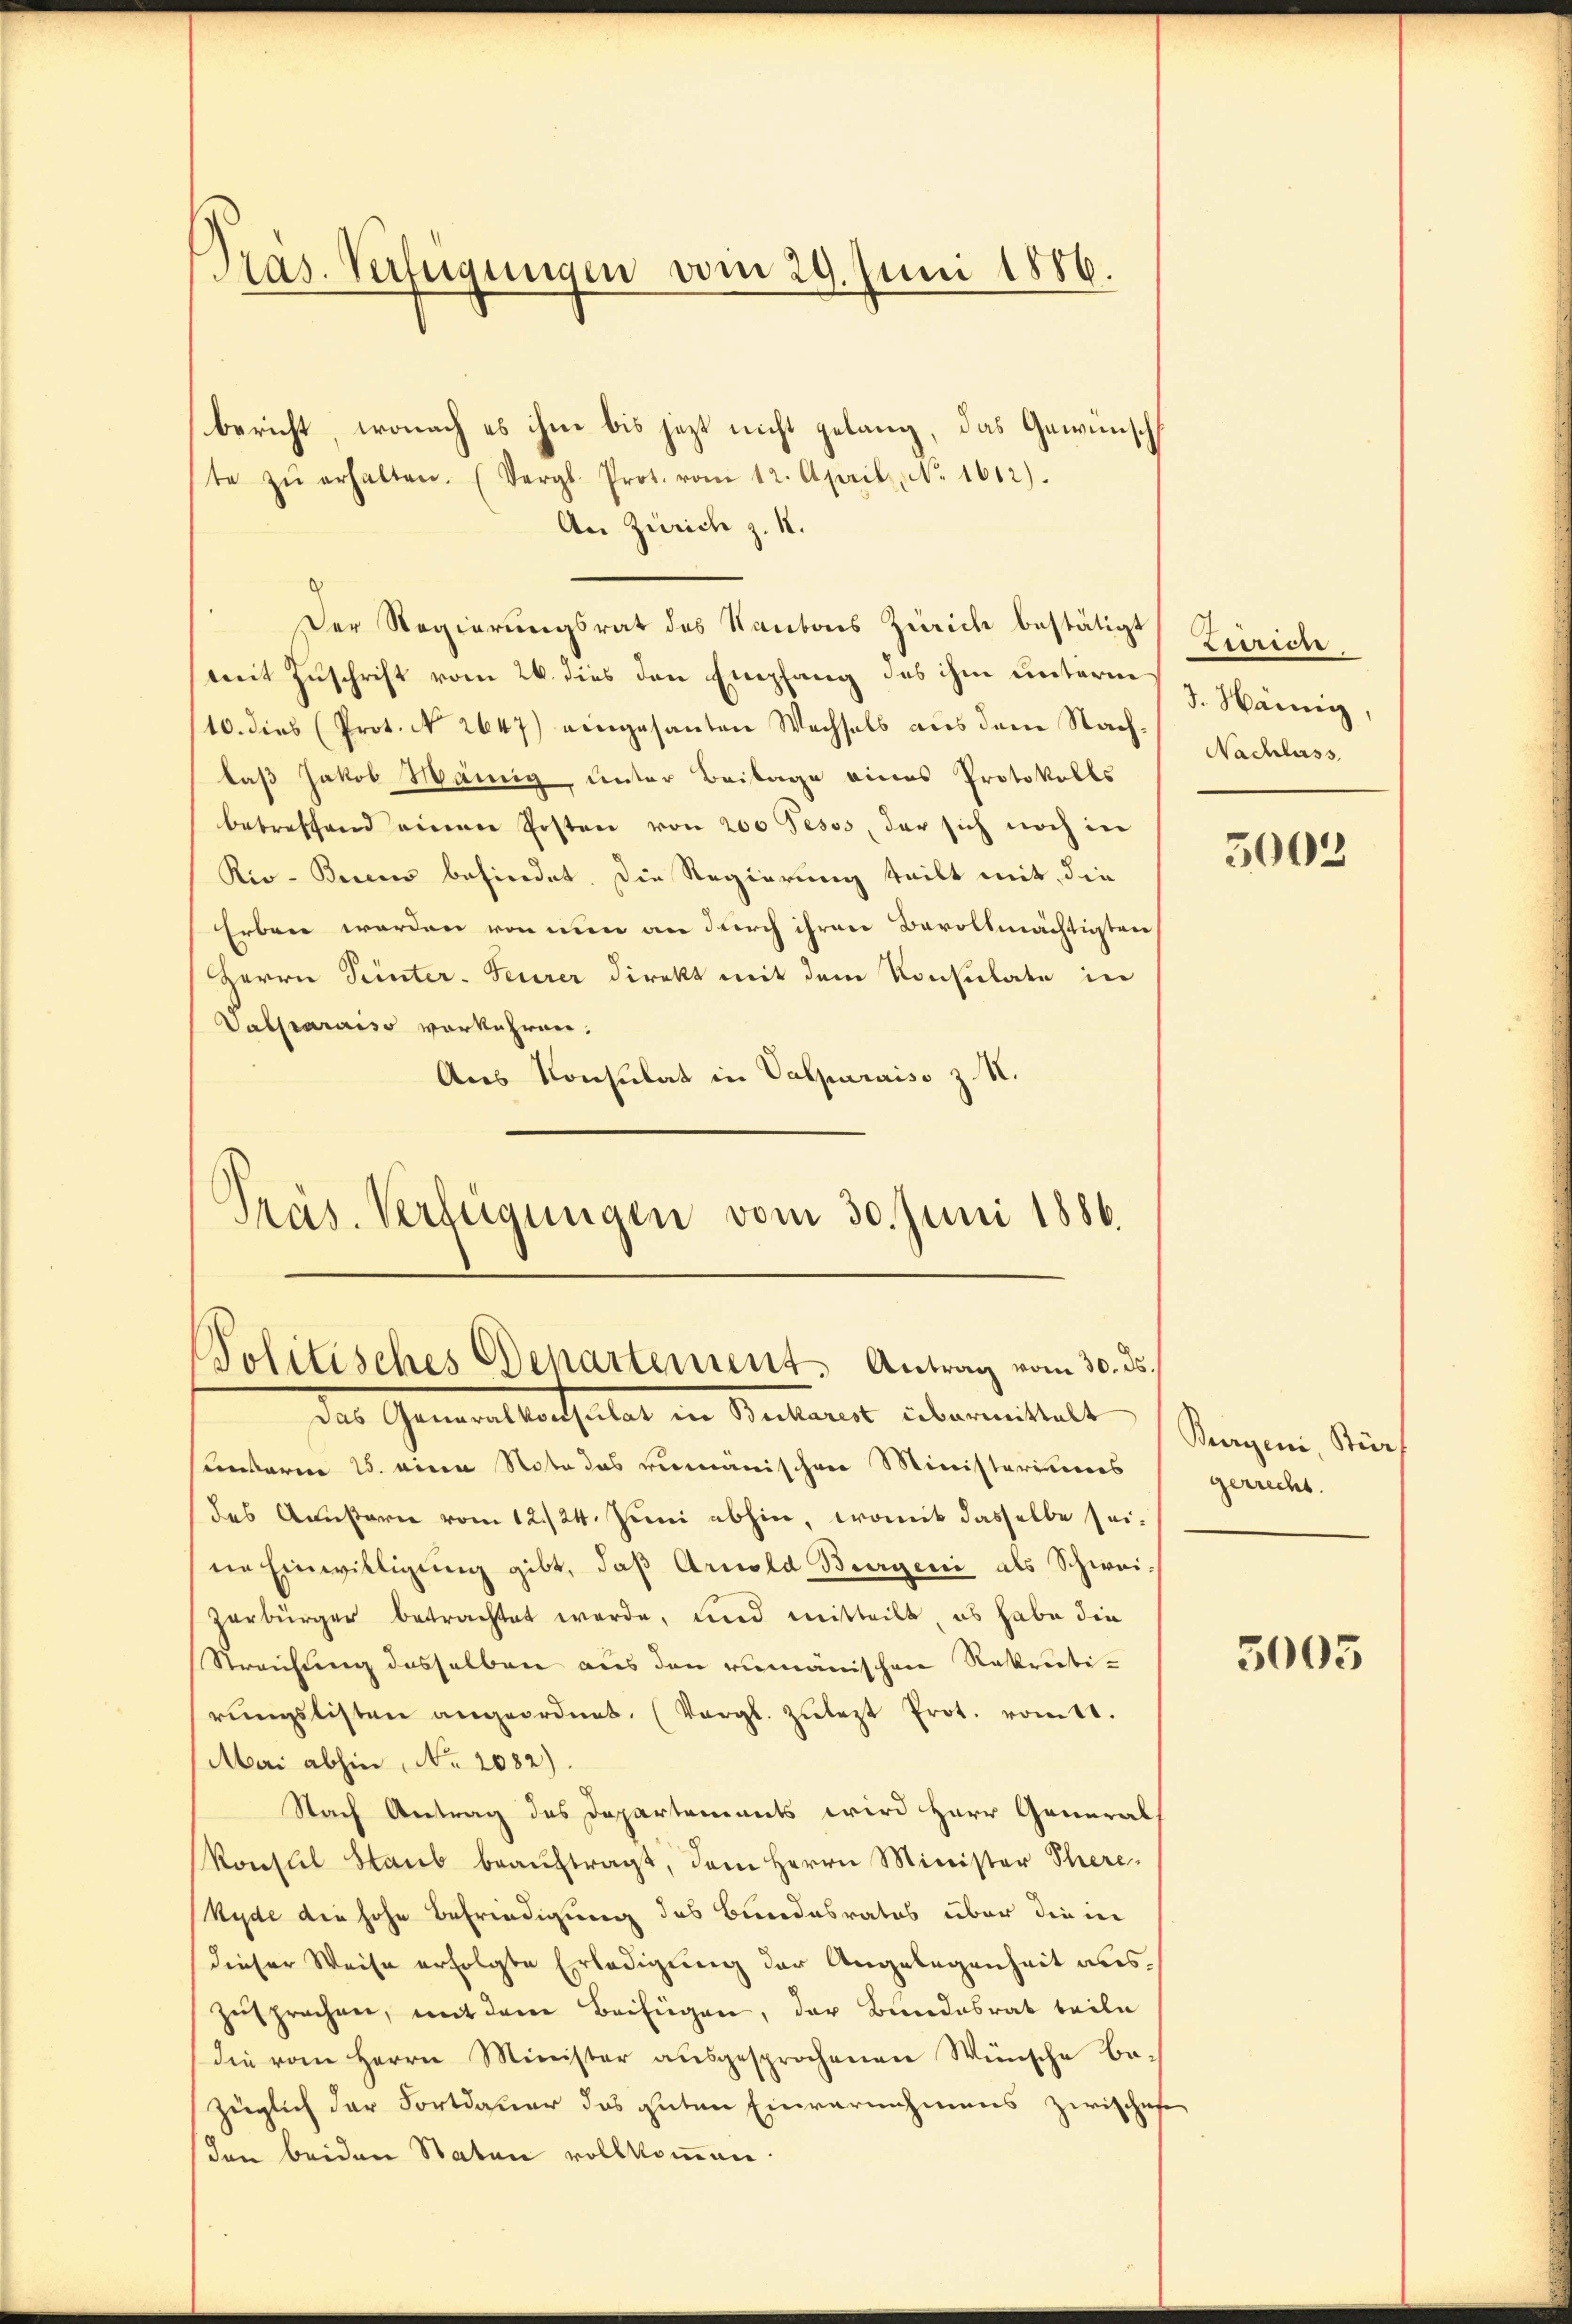
Pras. Verfügungen vom 29. Juni 1886.

bericht, wonach es ihm bis jezt nicht gelang, das Gewünsch
te zŭ erhalten. (Vergl. Prot. vom 12. April, No. 1612).
An Zürich z. 12.
Der Regierungsrat des Kantons Zürich bestätigt Zürich
mit Zuschrift vom 26. dies den Empfang des ihm unterm
110. dies (Prot. No 2647) eingesanten Wechsels aus dem Nachdaß Jakob Wämig, unter Beilage eines Protokolls
betreffend einen Posten von 200 Pesss, der sich noch in
Rio-Beren befindet. Die Regierung teilt mit, die
Erben werden von nun an durch ihren Bevollmächtigten
Herrn Peinter. Feuerer Direkt mit dem Konsulate in
Vabpraraiss vorkehren.
Aus Konsulat in Valparaiso z. M.
Präs. Verfügungen vom 30. Juni 1886.

Politisches Departement. Antrag vom 30. ds.

des Gemeinterhaltet in Antant übermittelt.
unterm 15. einen Nota das rumänischen Ministeriums
des Anstarie vom 12./24. Juni abhin, womit dasselbe seine Einwilligung gibt, daß Arnold Burgeri als Schweizerbürger betrachtet werde, und mitteilt, es habe die
Streichung desselben aus den rumänischen Rekrutirŭngslisten angeordnet. (Vergl. Zŭlezt Prot. vom 11.
Mai abhin, No. 2082)
Nach Antrag des Departements wird Herr Generals
Konsul Staub beaŭftragt, dem Herrn Minister There,
Ryde die hohe Befriedigung des Bundesrates über die in
dieser Weise erfolgte Erledigung der Angelegenheit auszusprechen, mit dem Beifügen, der Bundesrat teile
die vom Herrn Minister aŭsgesprochenen Wünsche be-
züglich der Fortdauer das guten Einvernahmens zwischehen
den beiden Staten vollkommen.

d. Hämig,
Nachlass

5003

Buergeni, Stür
gerrecht.

5003